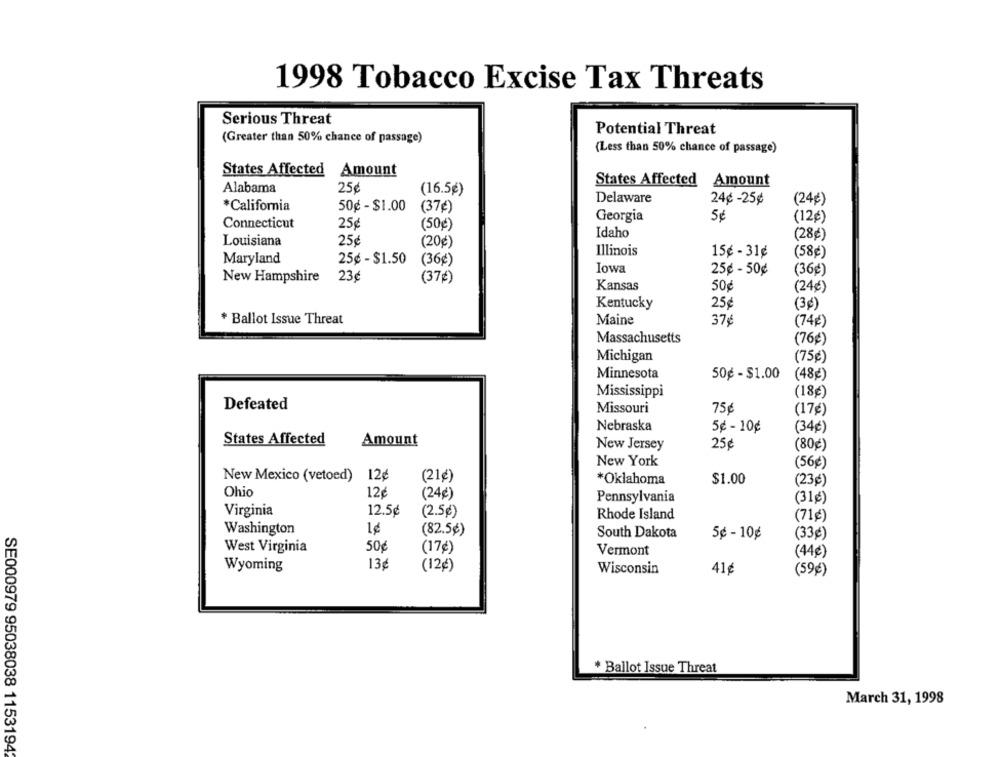
1998 Tobacco Excise Tax Threats
Serious Threat
Potential Threat
(Greater than 50% chance of passage)
(Less than 50% chance of passage)
States Affected Amount
States Affected
Amount
Alabama
25€
(16.5€)
Delaware
24¢ -25¢
(24₺)
*California
50g - $1.00
(37€)
Georgia
(12g)
Connecticut
25g
(50g
Idaho
Louisiana
25€
(20€)
(28¢)
Illinois
15¢ - 31¢
(58€)
Maryland
25¢ - $1.50
(36g)
Iowa
25¢ - 50¢
(36₺)
New Hampshire
23g
(37₺)
Kansas
50€
(24₺)
25
Kentucky
(3g)
* Ballot Issue Threat
Maine
37€
(74g)
Massachusetts
(76g)
Michigan
(75g)
Minnesota
50¢ - $1.00
(48g)
Mississippi
(18€)
Defeated
Missouri
75€
(17¢)
Nebraska
5¢ - 10¢
(34¢)
States Affected
Amount
New Jersey
25¢
(80g)
New York
(56€)
New Mexico (vetoed)
12¢
(21€)
*Oklahoma
$1.00
(23¢)
Ohio
12€
(24₺)
Pennsylvania
(31€)
Virginia
12.5¢
(2.5g)
Rhode Island
(71g)
Washington
(82.5¢)
South Dakota
5¢ - 10¢
(33€)
West Virginia
50€
(17¢)
Vermont
(44¢)
Wyoming
13€
(12€)
Wisconsin
41¢
(59g)
* Ballot Issue Threat
March 31, 1998
SE000979 95038038 11531942